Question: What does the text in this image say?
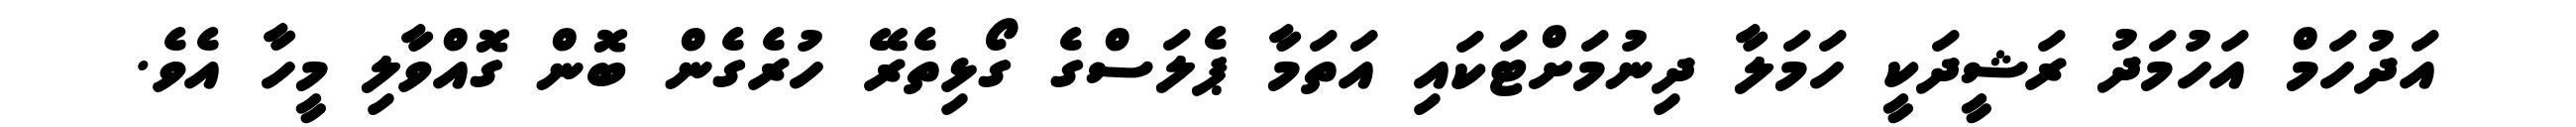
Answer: އަދުހަމް އަހުމަދު ރަޝީދަކީ ހަމަލާ ދިނުމަށްޓަކައި އަތަމާ ޕެލަސްގެ ގޯޅިތެރޭ ހުރެގެން ބޮން ގޮއްވާލި މީހާ އެވެ.